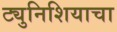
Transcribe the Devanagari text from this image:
ट्युनिशियाचा